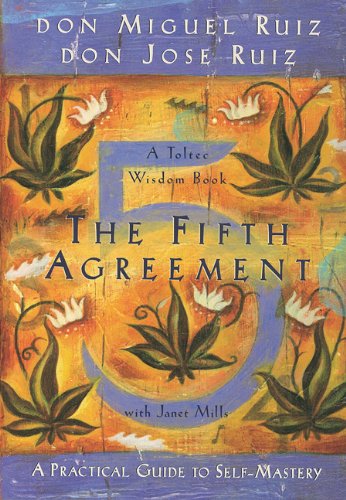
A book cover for The Fifth Agreement: A Practical Guide to Self-Mastery (Toltec Wisdom); Don Miguel Ruiz; Self-Help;